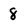
Character: 8